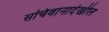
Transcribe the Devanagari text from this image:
सचिवांनादेखील